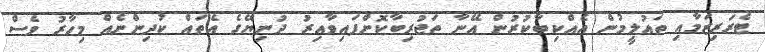
ޓެރަރިޒަމާއި ތައުލީމުން އެއްކިބާކުރުން އޭނާ ތަޖުރިބާކޮށްފައިވާއިރު ދުނިޔޭގެ އެތައް ކުދިންނެއް މިހާރު ވެސް